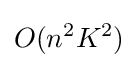
O(n^{2}K^{2})